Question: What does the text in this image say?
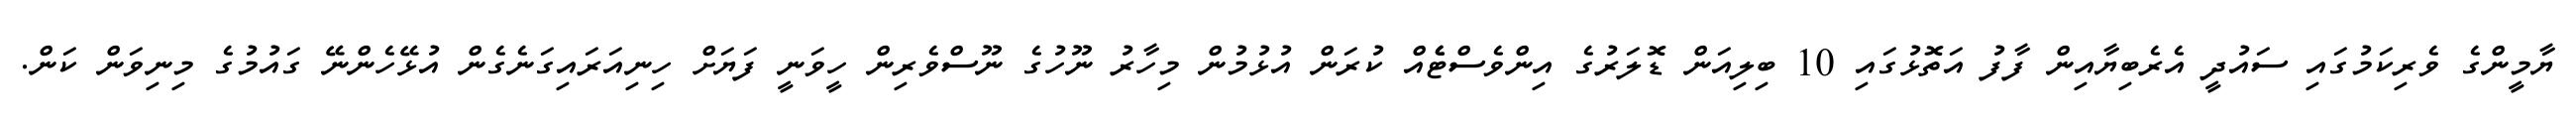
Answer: ޔާމީންގެ ވެރިކަމުގައި ސައުދީ އެރެބިޔާއިން ފާފު އަތޮޅުގައި 10 ބިލިއަން ޑޮލަރުގެ އިންވެސްޓެެއް ކުރަން އުޅުމުން މިހާރު ނޫހުގެ ނޫސްވެރިން ހީވަނީ ފަޔަށް ހިނިއަރައިގަނެގެން އުޅޭހެންނޭ ގައުމުގެ މިނިވަން ކަން.